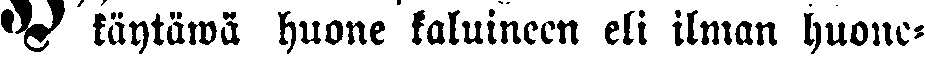
# käytäwä huone kaluineen eli ilman huone-